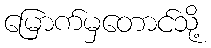
မြောက်မှတောင်သို့